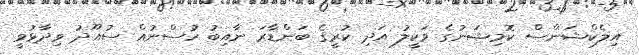
އިލެކްޝަންސް ކޮމިޝަނުގެ ވަކީލު އަދި ކުރީގެ ބަންޑާރަ ނާއިބު ހުސްނުއް ސުއޫދު ވިދާޅުވީ